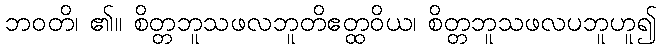
ဘဝတိ၊ ၏။ စိတ္တဘူသဖလဘူတိဧတ္ထဝိယ၊ စိတ္တဘူသဖလပဘူဟူ၍